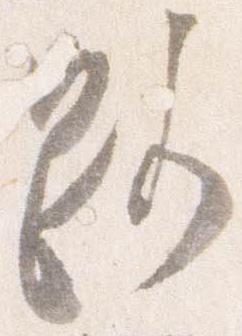
路